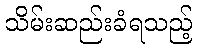
သိမ်းဆည်းခံရသည့်